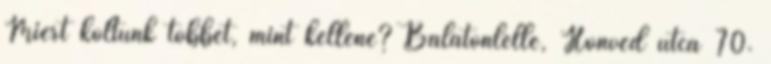
Miért költünk többet, mint kellene? Balatonlelle, Honvéd utca 70.